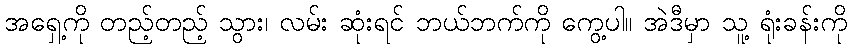
အရှေ့ကို တည့်တည့် သွား၊ လမ်း ဆုံးရင် ဘယ်ဘက်ကို ကွေ့ပါ။ အဲဒီမှာ သူ့ ရုံးခန်းကို